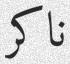
ناكر